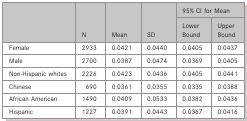
<table><thead><tr><td colspan="2"><b>95% CI for Mean</b></td></tr><tr><td rowspan="3"></td><td rowspan="3"><b>N</b></td><td rowspan="3"><b>Mean</b></td><td rowspan="3"><b>SD</b></td><td><b>Lower Bound</b></td><td><b>Upper Bound</b></td></tr></thead><tbody><tr><td>Female</td><td>2933</td><td>0.0421</td><td>0.0440</td><td>0.0405</td><td>0.0437</td></tr><tr><td>Male</td><td>2700</td><td>0.0387</td><td>0.0474</td><td>0.0369</td><td>0.0405</td></tr><tr><td>Non-Hispanic whites</td><td>2226</td><td>0.0423</td><td>0.0436</td><td>0.0405</td><td>0.0441</td></tr><tr><td>Chinese</td><td>690</td><td>0.0361</td><td>0.0355</td><td>0.0335</td><td>0.0388</td></tr><tr><td>African American</td><td>1490</td><td>0.0409</td><td>0.0533</td><td>0.0382</td><td>0.0436</td></tr><tr><td>Hispanic</td><td>1227</td><td>0.0391</td><td>0.0443</td><td>0.0367</td><td>0.0416</td></tr></tbody></table>